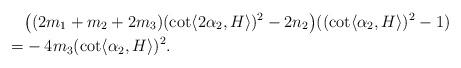
LaTeX: \begin{align*} &\big( (2m_{1}+m_{2}+2m_{3}) (\cot \langle 2\alpha_{2} , H\rangle )^{2}-2n_{2}\big) ((\cot \langle \alpha_{2} , H\rangle )^{2}-1)\\=& -4m_{3}(\cot \langle \alpha_{2} , H\rangle )^{2}.\end{align*}